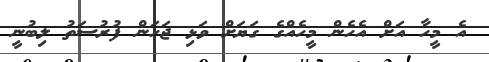
އެ މީހާ އަށް އެހެން މީހެއްގެ ގަޔަށް ވަޅި ޖަހަން ފުރުސަތު ލިބުނީ